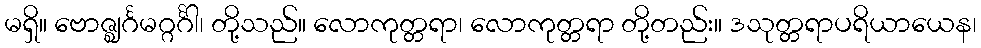
မရှိ။ ဗောဇ္ဈင်္ဂမဂ္ဂင်္ဂါ၊ တို့သည်။ လောကုတ္တရာ၊ လောကုတ္တရာ တို့တည်း။ ဒသုတ္တရာပရိယာယေန၊